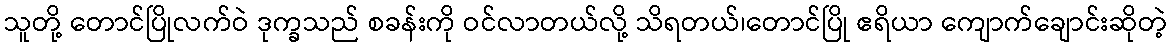
သူတို့ တောင်ပြိုလက်ဝဲ ဒုက္ခသည် စခန်းကို ဝင်လာတယ်လို့ သိရတယ်၊တောင်ပြို ဧရိယာ ကျောက်ချောင်းဆိုတဲ့